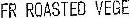
FR ROASTEO VEGE